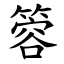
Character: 䈶